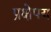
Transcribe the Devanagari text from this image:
प्रक्षेपय